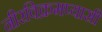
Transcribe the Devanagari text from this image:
नीरविक्रमप्यासी